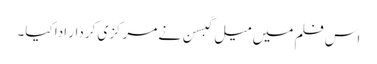
اس فلم میں میل گبسن نے مرکزی کردار ادا کیا۔